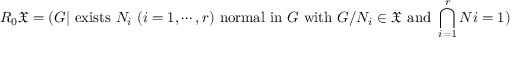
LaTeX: R _ { 0 } { \mathfrak { X } } = ( G | { \mathrm { ~ e x i s t s ~ } } N _ { i } \ ( i = 1 , \cdots , r ) { \mathrm { ~ n o r m a l ~ i n ~ } } G { \mathrm { ~ w i t h ~ } } G / N _ { i } \in { \mathfrak { X } } { \mathrm { ~ a n d ~ } } \bigcap _ { i = 1 } ^ { r } N i = 1 )